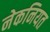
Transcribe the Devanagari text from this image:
नेकनियत